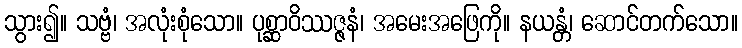
သွား၍။ သဗ္ဗံ၊ အလုံးစုံသော။ ပုစ္ဆာဝိဿဇ္ဇနံ၊ အမေးအဖြေကို။ နယန္တံ၊ ဆောင်တက်သော။